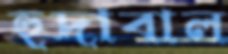
হুদাবাল